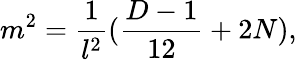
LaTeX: m^{2}=\frac{1}{l^{2}}(\frac{D-1}{12}+2N),